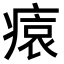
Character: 𤸖